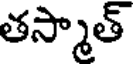
తస్మాత్